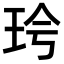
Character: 𪻖